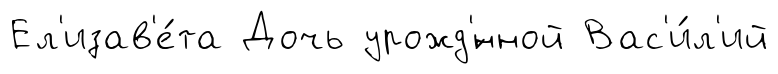
Ел'изав'е́та Дочь урожд'́нной Вас'и́л'ий